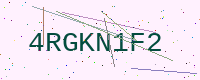
Text: 4RGKN1F2